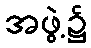
အဖွဲ့၌